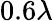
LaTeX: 0.6\lambda